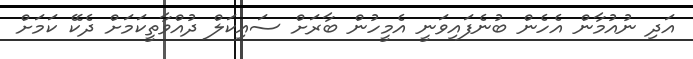
އަދި ނުއުމާން އެހެން ބުނެފައިވަނީ އެމީހުން ބާރަށް ސައިކަލް ދުއްވާތީކަމަށް ދެކޭ ކަމަށް